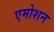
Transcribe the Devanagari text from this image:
एमोशन